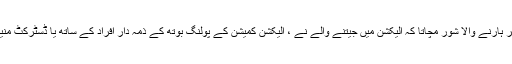
پنکچر لگانے کی داستان نئی نہیں بہت پرانی ہے ، ہر ہارنے والا شور مچاتا کہ الیکشن میں جیتنے والے نے ، الیکشن کمیشن کے پولنگ بوتھ کے ذمہ دار افراد کے ساتھ یا ڈسٹرکٹ منیجمنٹ گروپ کے ساتھ مل کر دھاندلی کروائی ہے ۔